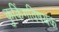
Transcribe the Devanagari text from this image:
कुकिंगविषयक